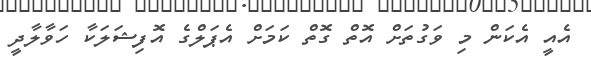
އެއީ އެކަން މި ވަގުތަށް އޮތް ގޮތް ކަމަށް އެޕަލްގެ އޮފިޝަލަކާ ހަވާލާދީ